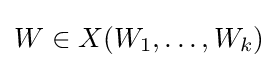
{\textstyle W\in X(W_{1},\dots ,W_{k})}